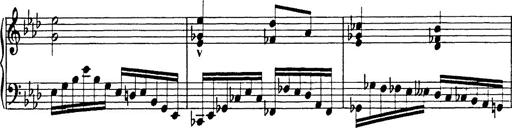
Title: 8 Variations
Composer: Franz Liszt
Key: A-flat major